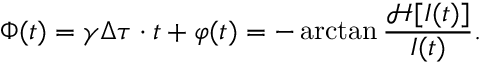
\Phi ( t ) = \gamma \Delta \tau \cdot t + \varphi ( t ) = - \arctan \frac { \mathcal { H } [ I ( t ) ] } { I ( t ) } .